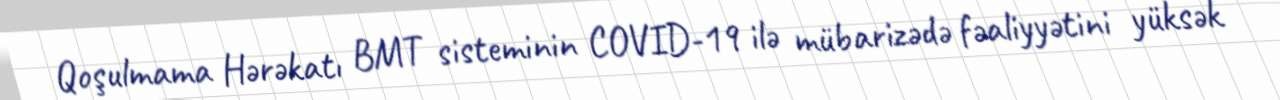
Qoşulmama Hərəkatı BMT sisteminin COVID-19 ilə mübarizədə fəaliyyətini yüksək